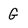
Character: G